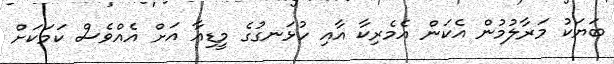
ބަޔަކު މަރާލުމުން އެކަން އެމެރިކާ އާއި ހުޅަނގުގެ މީޑިއާ އަށް އެއްވެސް ކަމަކަށް